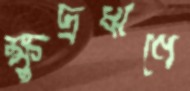
ক্ষুদ্রঋণে